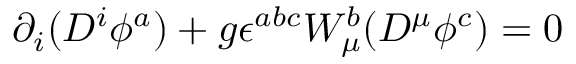
\partial _ { i } ( D ^ { i } \phi ^ { a } ) + g \epsilon ^ { a b c } W _ { \mu } ^ { b } ( D ^ { \mu } \phi ^ { c } ) = 0